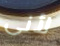
لأنى